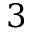
3